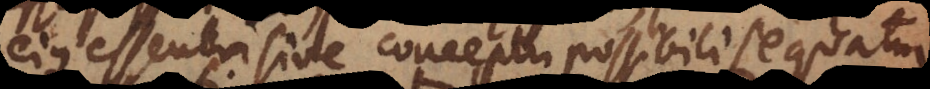
ejus essentia sive conceptu possibili sequatur